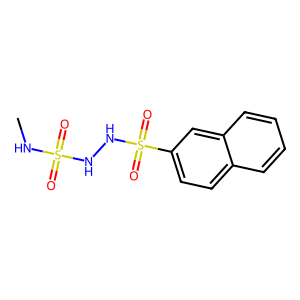
SMILES: CNS(=O)(=O)NNS(=O)(=O)c1ccc2ccccc2c1
Inhibits HIV replication: No